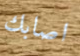
اصابك